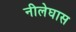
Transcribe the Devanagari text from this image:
नीलेघास